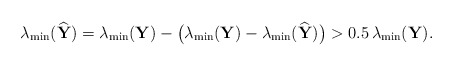
\begin{align*}\lambda_{\mathrm{min}}(\widehat{\mathbf{Y}}) = \lambda_{\mathrm{min}}(\mathbf{Y}) - \big(\lambda_{\mathrm{min}}(\mathbf{Y})-\lambda_{\mathrm{min}}(\widehat{\mathbf{Y}})\big) > 0.5\,\lambda_{\mathrm{min}}(\mathbf{Y}).\end{align*}